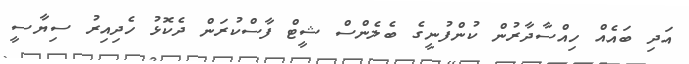
އަދި ބައެއް ހިއްސާދާރުން ކުންފުނީގެ ބެލެންސް ޝީޓް ފާސްކުރަން ދެކޮޅު ހެދިއިރު ސިޔާސީ